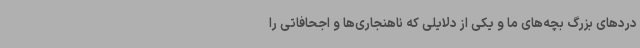
دردهای بزرگ بچه‌های ما و یکی از دلایلی که ناهنجاری‌ها و اجحافاتی را